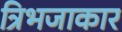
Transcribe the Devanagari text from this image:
त्रिभजाकार